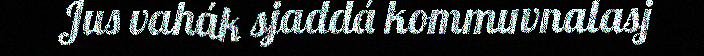
Jus vahák sjaddá kommuvnalasj